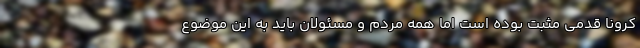
کرونا قدمی مثبت بوده است اما همه مردم و مسئولان باید به این موضوع